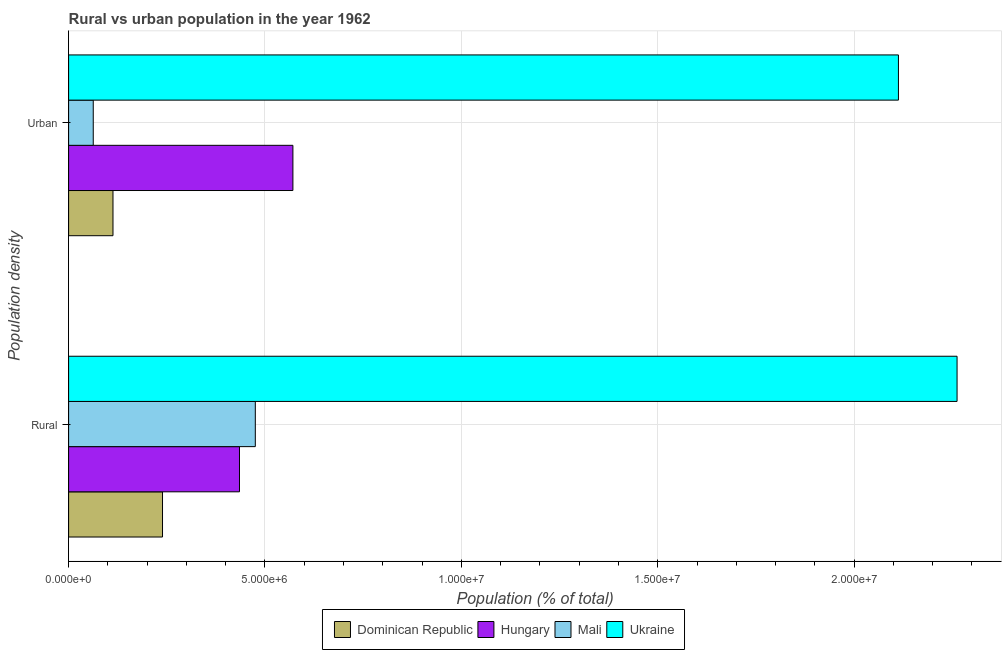
| Population density | Dominican Republic | Hungary | Mali | Ukraine |
 | --- | --- | --- | --- | --- |
 | Rural | 2.39e+06 | 4.35e+06 | 4.75e+06 | 2.26e+07 |
 | Urban | 1.13e+06 | 5.71e+06 | 6.28e+05 | 2.11e+07 |